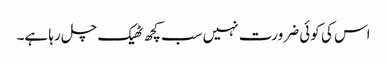
اس کی کوئی ضرورت نہیں سب کچھ ٹھیک چل رہا ہے۔